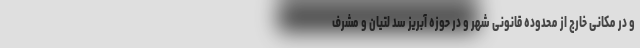
و در مکانی خارج از محدوده قانونی شهر و در حوزه آبریز سد لتیان و مشرف